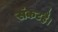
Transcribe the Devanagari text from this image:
संकटहै।